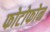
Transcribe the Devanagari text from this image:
फोटोफोन